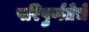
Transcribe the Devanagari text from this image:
परिपुर्णतेचे